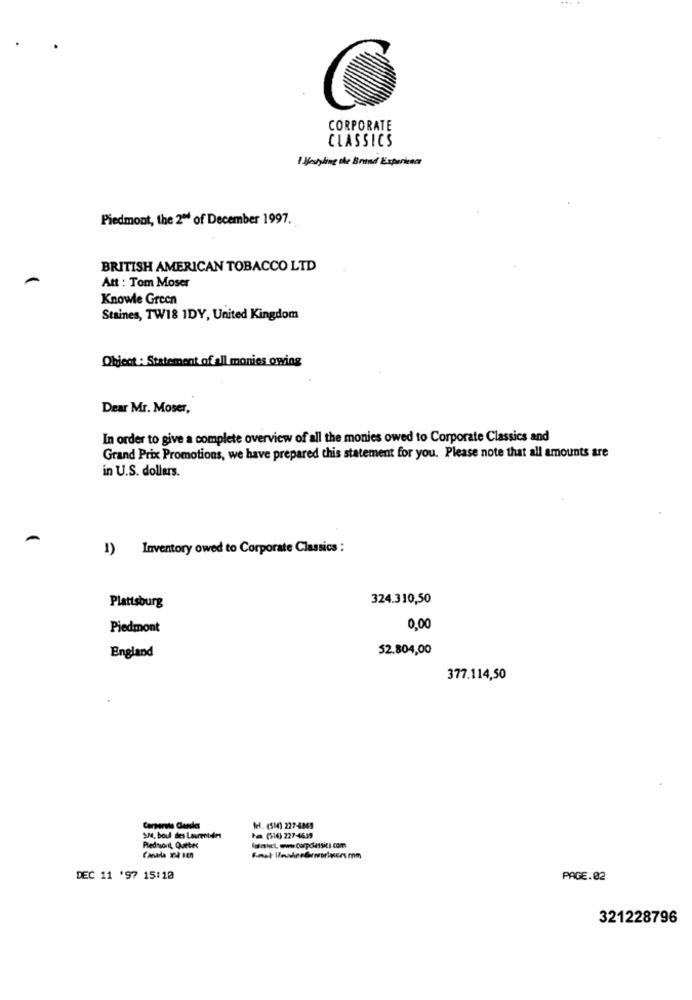
CORPORATE
CLASSICS
I Harling the Brand Experience
Piedmont, the 2º of December 1997.
BRITISH AMERICAN TOBACCO LTD
Att : Tom Moser
Knowle Green
Staines, TW18 1DY, United Kingdom
Object : Statement of all monies owing
Dear Mr. Moser,
In order to give a complete overview of all the monies owed to Corporate Classics and
Grand Prix Promotions, we have prepared this statement for you. Please note that all amounts are
in U.S. dollars.
1) Inventory owed to Corporate Classics :
324.310,50
Plattsburg
Piedmont
0,00
52.804,00
England
377.114,50
Corporate Clansles
tel. (51) 227-4861
174, boul des Lavrenteles
Pa (14) 227-4639
Pledssont, Quetec
DEC 11 '97 15:10
PAGE.02
321228796